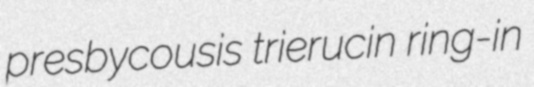
presbycousis trierucin ring-in